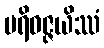
ပရိဝဇ္ဇယိဿံ